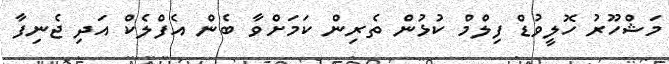
މަޝްހޫރު ހޮލީވުޑް ފިލްމް ކުޅުން ތެރިން ކަމަށްވާ ބެން އެފްލެކް އަދި ޖެނިފާ